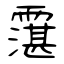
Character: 霮